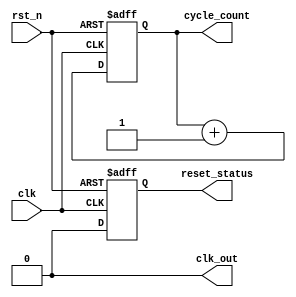
module ClockCycleInit #(parameter CLK_FREQ = 100_000_000, // Clock frequency (Hz)
                        parameter DUTY_CYCLE = 50,      // Duty cycle in percent
                        parameter INIT_VALUE = 0,      // Initialization value for registers
                        parameter CYCLE_COUNT_WIDTH = 32) // Number of bits for clock cycle count
(
    input wire clk,                        // Global clock input
    input wire rst_n,                      // Active low reset signal
    output reg clk_out,                    // Generated clock output
    output reg [CYCLE_COUNT_WIDTH-1:0] cycle_count, // Current clock cycle count
    output reg reset_status                // Reset status signal
);

    // Internal parameters
    localparam clk_period = 1_000_000_000 / CLK_FREQ; // Clock period in ns
    localparam high_time = (clk_period * DUTY_CYCLE) / 100; // High time in ns
    localparam low_time = clk_period - high_time;         // Low time in ns
    
    // Clock generation process
    initial begin
        clk_out = 0;                                // Initialize clock output
        reset_status = 1;                           // Default reset status is active
        cycle_count = INIT_VALUE;                   // Initialize cycle count
    end

    // Clock toggling
    always begin
        clk_out = 1'b0;
        #(high_time / 2) clk_out = 1'b1;            // Set clock high
        #(high_time / 2)
        clk_out = 1'b0;                              // Set clock low
        #(low_time);                                 // Wait for low time
    end

    // Reset and cycle counting process
    always @(posedge clk or negedge rst_n) begin
        if (!rst_n) begin                           // Asynchronous reset
            reset_status <= 1'b1;                  // Set reset status active
            cycle_count <= INIT_VALUE;             // Reset cycle count
        end else begin
            reset_status <= 1'b0;                  // Set reset status inactive
            cycle_count <= cycle_count + 1;        // Increment cycle count
        end
    end

endmodule